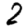
Digit: 2